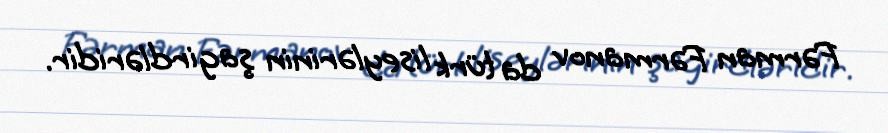
Fərman Fərmanov da türk liseylərinin şagirdləridir.